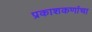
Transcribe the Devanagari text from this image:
प्रकाशकणांचा